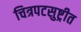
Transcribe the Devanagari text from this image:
चित्रपटसुष्ट्रीत